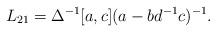
LaTeX: \begin{align*} L_{21}=\Delta^{-1}[a,c](a-bd^{-1}c)^{-1}.\end{align*}